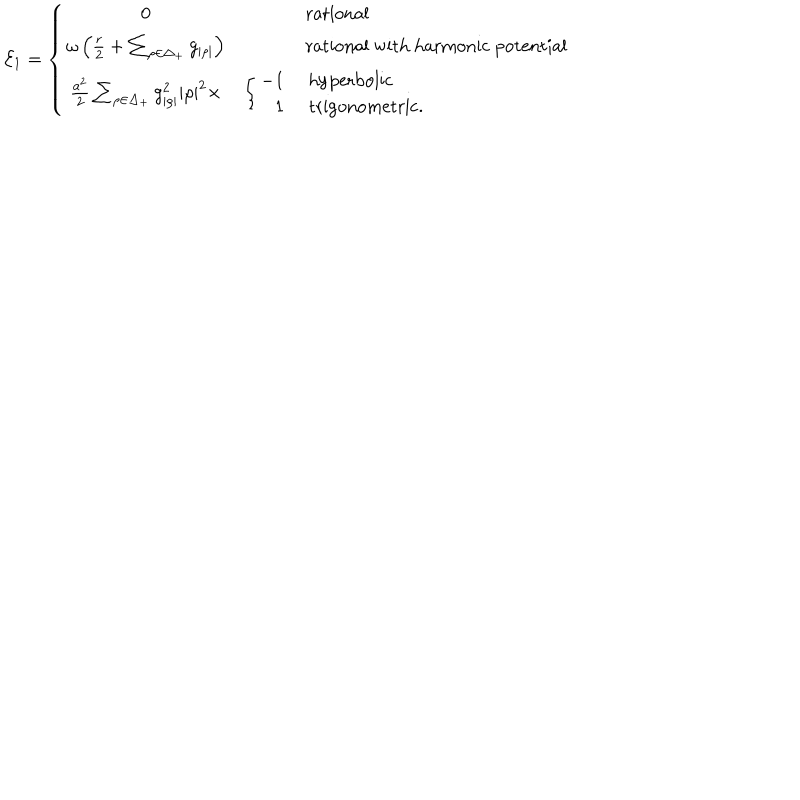
LaTeX: { \cal E } _ { 1 } = \left\{ \begin{array} { c l l } { { 0 } } & { { } } & { { \mathrm { r a t i o n a l } } } \\ { { \omega \left( { \frac { r } { 2 } } + \sum _ { \rho \in \Delta _ { + } } g _ { | \rho | } \right) } } & { { } } & { { \mathrm { r a t i o n a l ~ w i t h ~ h a r m o n i c ~ p o t e n t i a l } } } \\ { { { \frac { a ^ { 2 } } { 2 } } \sum _ { \rho \in \Delta _ { + } } g _ { | \rho | } ^ { 2 } | \rho | ^ { 2 } \times } } & { { \left\{ \begin{array} { r } { { - 1 } } \\ { { 1 } } \\ \end{array} \right. } } & { { \begin{array} { l } { { \mathrm { h y p e r b o l i c } } } \\ { { \mathrm { t r i g o n o m e t r i c . } } } \\ \end{array} } } \\ \end{array} \right.